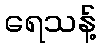
ရေသန့်